Annual report of the Bengal Veterinary College and of the Civil Veterinary Department, Bengal, for the year 1919-20 - 1919-1920
Year: 1919
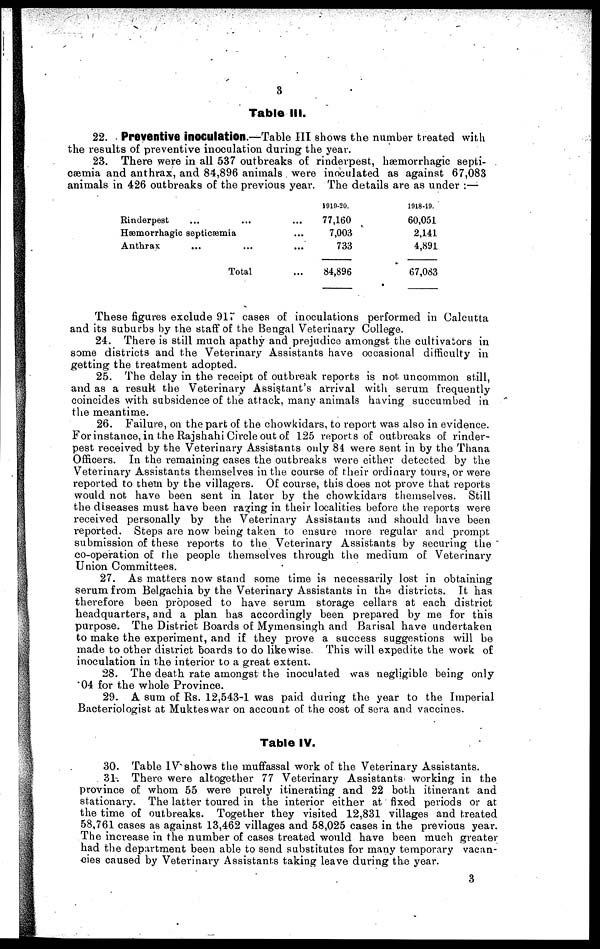
3
Table III.
22. Preventive inoculation.—Table III shows the number treated with
the results of preventive inoculation during the year.
23. There were in all 537 outbreaks of rinderpest, hæmorrhagic septi-
cæmia and anthrax, and 84,896 animals were inoculated as against 67,083
animals in 426 outbreaks of the previous year. The details are as under:—
Rinderpest ... ...
Hæmorrhagic septicæmia
Anthrax ... ...
Total
...
...
...
...
1919-20.
77,160
7,003
733
84,896
1918-19.
60,051
2,141
4,891
67,083
These figures exclude 91. cases of inoculations performed in Calcutta
and its suburbs by the staff of the Bengal Veterinary College.
24. There is still much apathy and prejudice amongst the cultivators in
some districts and the Veterinary Assistants have occasional difficulty in
getting the treatment adopted.
25. The delay in the receipt of outbreak reports is not uncommon still,
and as a result the Veterinary Assistant's arrival with serum frequently
coincides with subsidence of the attack, many animals having succumbed in
the meantime.
26. Failure, on the part of the chowkidars, to report was also in evidence.
For instance, in the Rajshahi Circle out of 125 reports of outbreaks of rinder-
pest received by the Veterinary Assistants only 84 were sent in by the Thana
Officers. In the remaining cases the outbreaks were either detected by the
Veterinary Assistants themselves in the course of their ordinary tours, or were
reported to them by the villagers. Of course, this does not prove that reports
would not have been sent in later by the chowkidars themselves. Still
the diseases must have been raging in their localities before the reports were
received personally by the Veterinary Assistants and should have been
reported. Steps are now being taken to ensure more regular and prompt
submission of these reports to the Veterinary Assistants by securing the
co-operation of the people themselves through the medium of Veterinary
Union Committees.
27. As matters now stand some time is necessarily lost in obtaining
serum from Belgachia by the Veterinary Assistants in the districts. It has
therefore been proposed to have serum storage cellars at each district
headquarters, and a plan has accordingly been prepared by me for this
purpose. The District Boards of Mymensingh and Barisal have undertaken
to make the experiment, and if they prove a success suggestions will be
made to other district boards to do likewise. This will expedite the work of
inoculation in the interior to a great extent.
28. The death rate amongst the inoculated was negligible being only
04 for the whole Province.
29. A sum of Rs. 12,543-1 was paid during the year to the Imperial
Bacteriologist at Muktes war on account of the cost of sera and vaccines.
Table IV.
30. Table IV shows the muffassal work of the Veterinary Assistants.
31. There were altogether 77 Veterinary Assistants working in the
province of whom 55 were purely itinerating and 22 both itinerant and
stationary. The latter toured in the interior either at fixed periods or at
the time of outbreaks. Together they visited 12,831 villages and treated
58,761 cases as again8t 13,462 villages and 58,025 cases in the previous year.
The increase in the number of cases treated would have been much greater
had the department been able to send substitutes for many temporary vacan-
cies caused by Veterinary Assistants taking leave during the year.
3